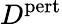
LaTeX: D^{\mathrm{pert}}